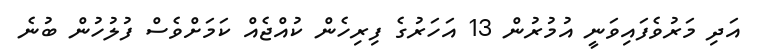
އަދި މަރުވެފައިވަނީ އުމުރުން 13 އަހަރުގެ ފިރިހެން ކުއްޖެއް ކަމަށްވެސް ފުލުހުން ބުނެ